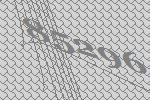
85296